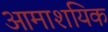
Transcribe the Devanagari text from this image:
आमाशयिक